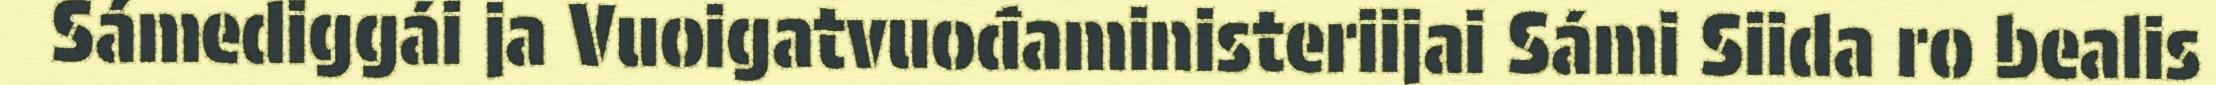
Sámediggái ja Vuoigatvuođaministeriijai Sámi Siida ro bealis